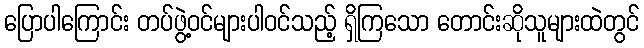
ပြောပါကြောင်း တပ်ဖွဲ့ဝင်များပါဝင်သည့် ရှိကြသော တောင်းဆိုသူများထဲတွင်